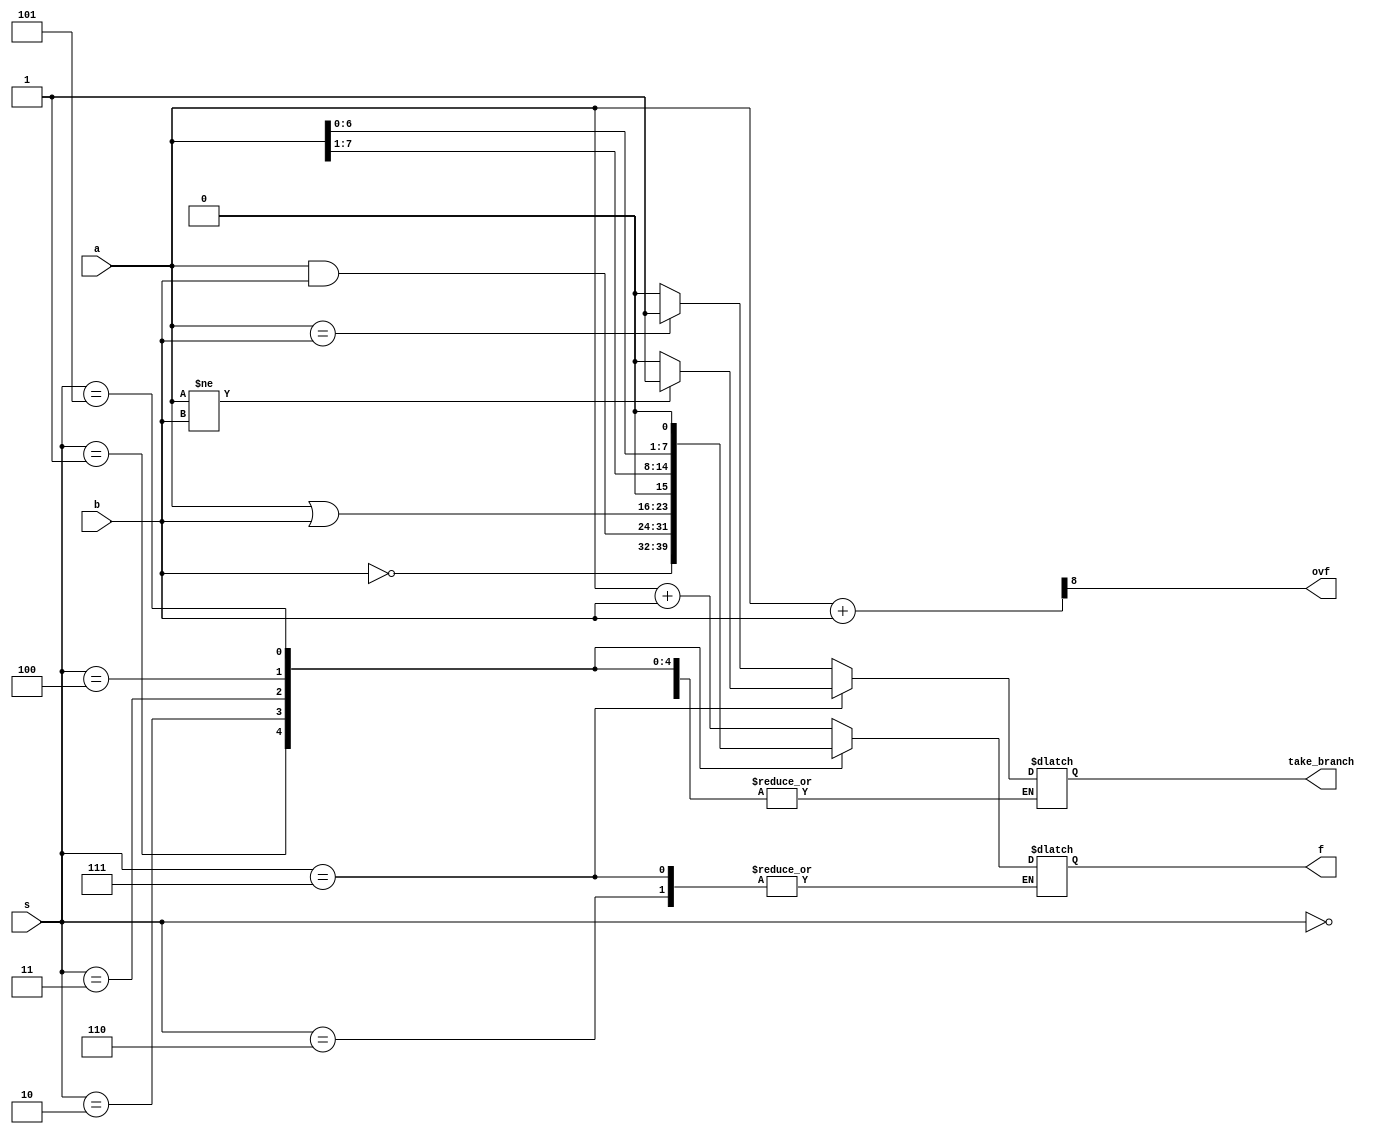
`timescale 1ns / 1ps


module eightbit_alu(
    input [7:0] a,
    input [7:0] b,
    input [2:0] s,
    
    output [7:0] f,
    output ovf,
    output take_branch
    );
    
    wire [8:0] tmp;
    reg [7:0] result;
    reg [7:0] compResult;
    
    assign f = result;
    assign tmp = {1'b0,a} + {1'b0,b};
    assign ovf = tmp[8];
    
    assign take_branch = compResult;
    
    always @(*)
        
        begin
            case(s)
            3'b000:
                result = a + b;
            3'b001:
                result = ~b;
            3'b010:
                result = a&b;
            3'b011:
                result = a|b;
            3'b100:
                result = a >>> 1;
            3'b101:
                result = a << 1;
            3'b110:
                compResult = (a==b)?8'd1:8'd0;
            3'b111:
                compResult = (a!=b)?8'd1:8'd0; 
            default: result = a + b;
        endcase
    end
endmodule